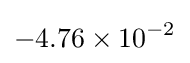
-4.76\times 10^{-2}